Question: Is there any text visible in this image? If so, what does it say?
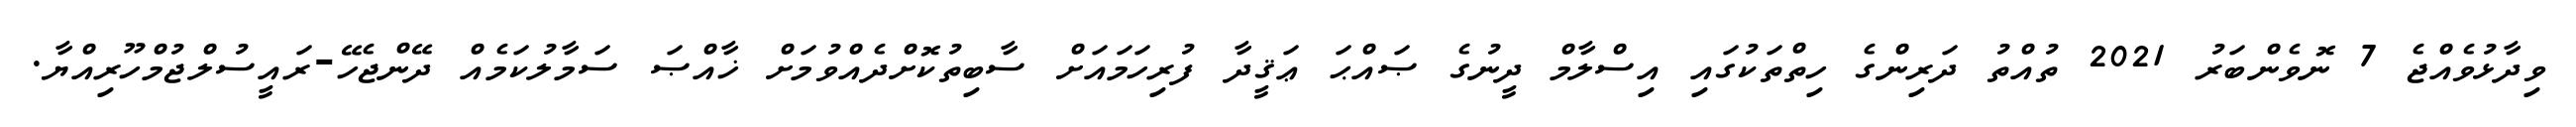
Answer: ވިދާޅުވެއްޖެ 7 ނޮވެންބަރު 2021 ތުއްތު ދަރިންގެ ހިތްތަކުގައި އިސްލާމް ދީނުގެ ޞައްޙަ ޢަޤީދާ ފުރިހަމައަށް ސާބިތުކޮށްދެއްވުމަށް ޚާއްޞަ ސަމާލުކަމެއް ދޭންޖެހޭ-ރައީސުލްޖުމްހޫރިއްޔާ.